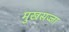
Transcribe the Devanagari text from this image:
मुखसज्जा